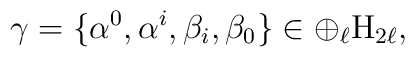
\gamma= \{ \alpha^0 , \alpha^{i} , \beta_{i} , \beta_0 \}\in \oplus_{\ell} \mbox{H}_{2\ell},